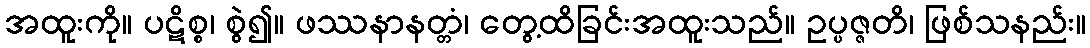
အထူးကို။ ပဋိစ္စ၊ စွဲ၍။ ဖဿနာနတ္တံ၊ တွေ့ထိခြင်းအထူးသည်။ ဥပ္ပဇ္ဇတိ၊ ဖြစ်သနည်း။